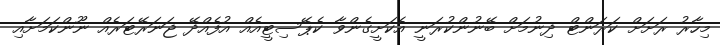
މިހާރު ރަށަށް ކަރަންޓް ދިނުމަށް ބޭނުންކުރަނީ އެކަށީގެންވާ ކެޕޭސިޓީއެއް އުފެއްދޭ ޖަނަރޭޓަރެއް ނޫންކަމަށާއި